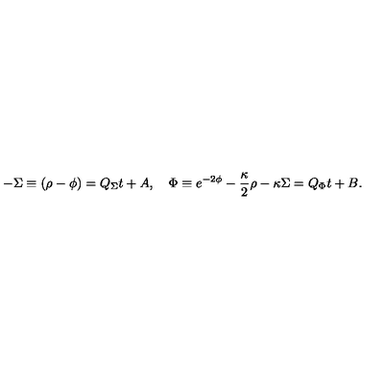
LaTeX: - \Sigma \equiv ( \rho - \phi ) = Q _ { \Sigma } t + A , \quad \Phi \equiv e ^ { - 2 \phi } - { \frac { \kappa } { 2 } } \rho - \kappa \Sigma = Q _ { \Phi } t + B .